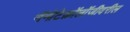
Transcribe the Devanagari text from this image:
नॅनोटेक्नॉलॉजीवरील